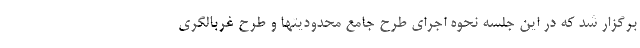
برگزار شد که در این جلسه نحوه اجرای طرح جامع محدودیتها و طرح غربالگری